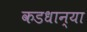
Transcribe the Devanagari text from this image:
कडधान्या